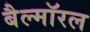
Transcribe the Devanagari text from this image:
बैल्मॉरल